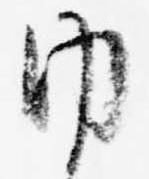
内